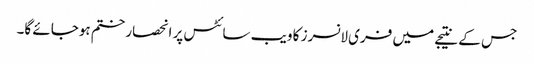
جس کے نتیجے میں فری لانسرز کا ویب سائٹس پر انحصار ختم ہوجائے گا۔